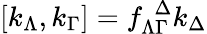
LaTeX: [k_{\Lambda},k_{\Gamma}]=f_{\Lambda\Gamma}^{\ \ \Delta}k_{\Delta}